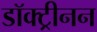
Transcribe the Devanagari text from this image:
डॉक्ट्रीनन